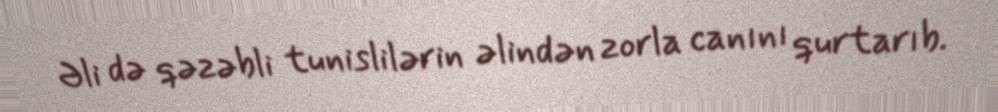
Əli də qəzəbli tunislilərin əlindən zorla canını qurtarıb.